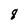
Character: 8